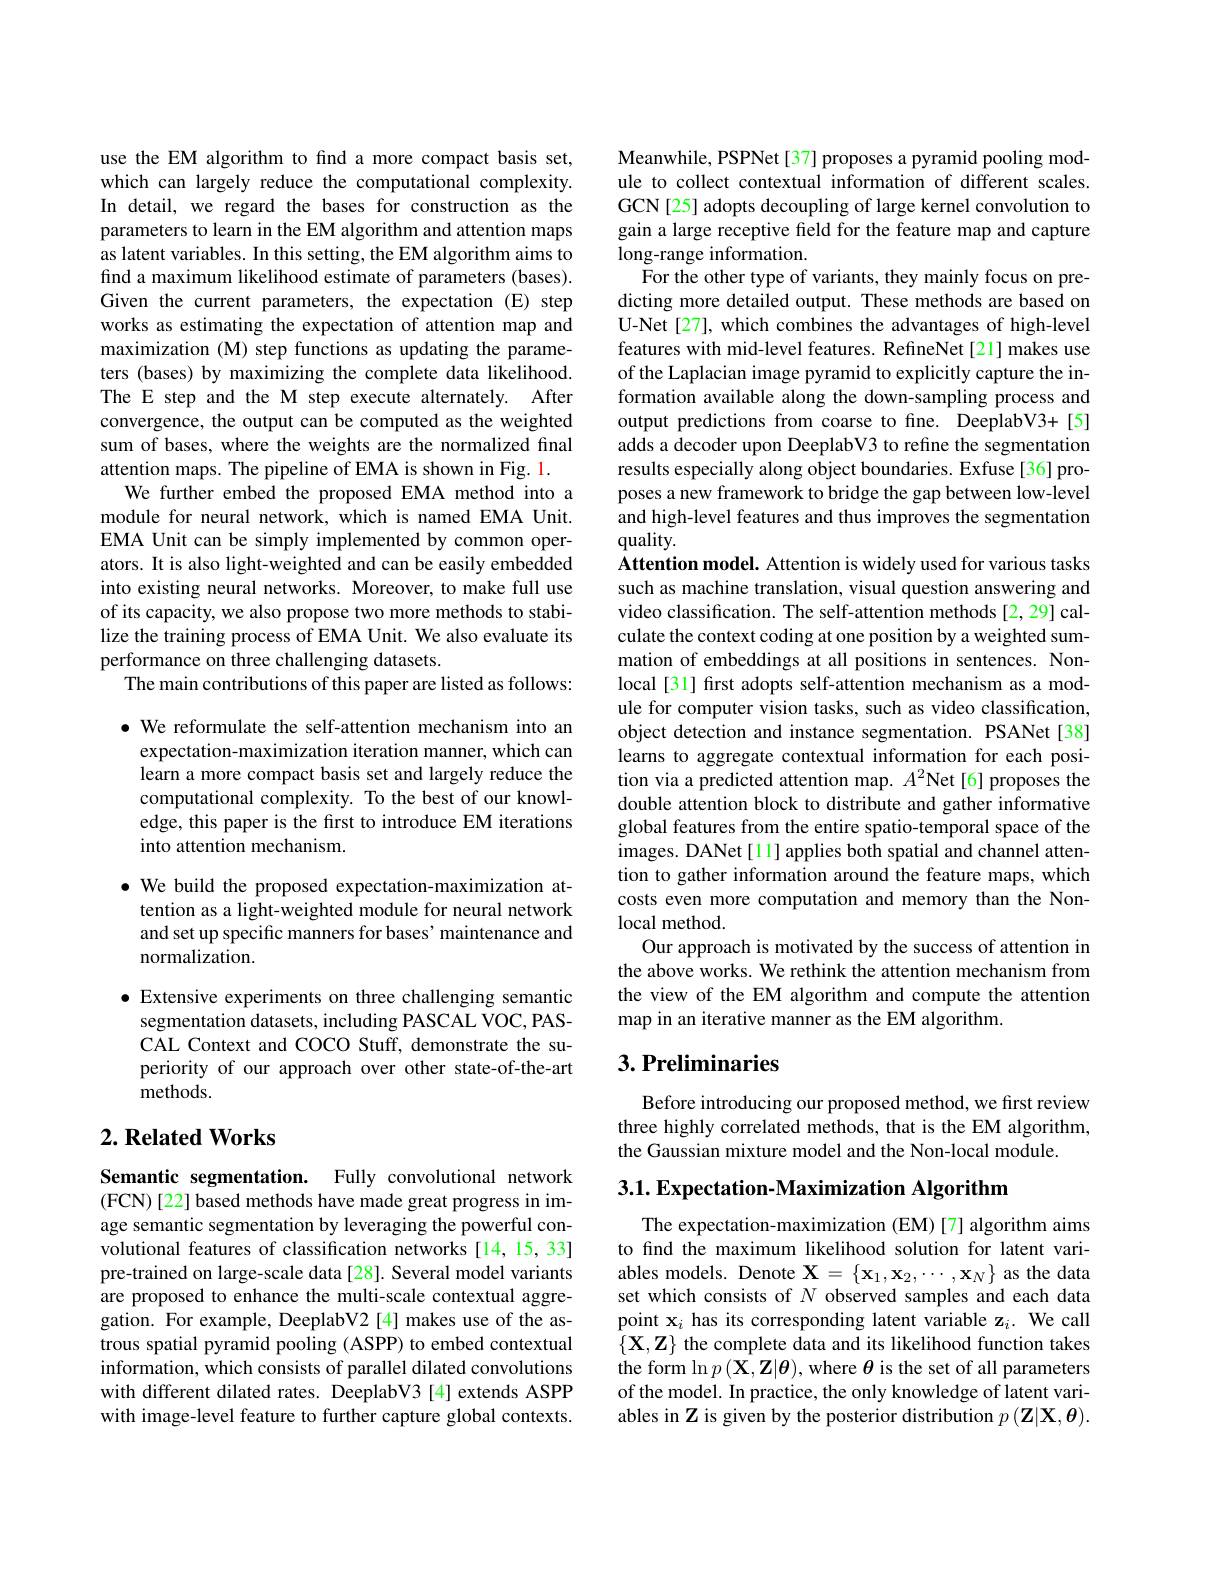
use the EM algorithm to find a more compact basis set, which can largely reduce the computational complexity. In detail, we regard the bases for construction as the parameters to learn in the EM algorithm and attention maps as latent variables. In this setting, the EM algorithm aims to find a maximum likelihood estimate of parameters (bases). Given the current parameters, the expectation (E) step works as estimating the expectation of attention map and maximization (M) step functions as updating the parameters (bases) by maximizing the complete data likelihood. The E step and the M step execute alternately. After convergence, the output can be computed as the weighted sum of bases, where the weights are the normalized final attention maps. The pipeline of EMA is shown in Fig. 1.
We further embed the proposed EMA method into a module for neural network, which is named EMA Unit. EMA Unit can be simply implemented by common operators. It is also light-weighted and can be easily embedded into existing neural networks. Moreover, to make full use of its capacity, we also propose two more methods to stabilize the training process of EMA Unit. We also evaluate its performance on three challenging datasets.
The main contributions of this paper are listed as follows:

$\bullet$ We reformulate the self-attention mechanism into an
expectation-maximization iteration manner, which can learn a more compact basis set and largely reduce the computational complexity. To the best of our knowledge, this paper is the first to introduce EM iterations into attention mechanism.

$\bullet$ We build the proposed expectation-maximization at-
tention as a light-weighted module for neural network and set up specific manners for bases' maintenance and normalization.

$\bullet$ Extensive experiments on three challenging semantic segmentation datasets, including PASCAL VOC, PASCAL Context and COCO Stuff, demonstrate the superiority of our approach over other state-of-the-art methods.

## $2. \textbf{Related Works}$

Semantic segmentation. Fully convolutional network (FCN)[22] based methods have made great progress in image semantic segmentation by leveraging the powerful convolutional features of classification networks [14,15,33] pre-trained on large-scale data[28]. Several model variants are proposed to enhance the multi-scale contextual aggregation. For example, DeeplabV2 [4] makes use of the astrous spatial pyramid pooling (ASPP) to embed contextual information, which consists of parallel dilated convolutions with different dilated rates. DeeplabV3 [4] extends ASPP with image-level feature to further capture global contexts.

Meanwhile, PSPNet[37] proposes a pyramid pooling module to collect contextual information of different scales. GCN[25] adopts decoupling of large kernel convolution to gain a large receptive field for the feature map and capture long-range information.
For the other type of variants, they mainly focus on predicting more detailed output. These methods are based on U-Net[27], which combines the advantages of high-level features with mid-level features. RefineNet[21] makes use of the Laplacian image pyramid to explicitly capture the information available along the down-sampling process and output predictions from coarse to fine. DeeplabV3+[5] adds a decoder upon DeeplabV3 to refine the segmentation results especially along object boundaries. Exfuse[36] proposes a new framework to bridge the gap between low-level and high-level features and thus improves the segmentation $quality.$
Attention model. Attention is widely used for various tasks such as machine translation, visual question answering and video classification. The self-attention methods [2,29] calculate the context coding at one position by a weighted summation of embeddings at all positions in sentences. Nonlocal[31] first adopts self-attention mechanism as a module for computer vision tasks, such as video classification, object detection and instance segmentation. PSANet[38] learns to aggregate contextual information for each position via a predicted attention map. $A^2$Net [6] proposes the double attention block to distribute and gather informative global features from the entire spatio-temporal space of the images. DANet[1] applies both spatial and channel attention to gather information around the feature maps, which costs even more computation and memory than the Nonlocal method.
Our approach is motivated by the success of attention in the above works. We rethink the attention mechanism from the view of the EM algorithm and compute the attention map in an iterative manner as the EM algorithm.

## $3. \textbf{Preliminaries}$

Before introducing our proposed method, we first review three highly correlated methods, that is the EM algorithm, the Gaussian mixture model and the Non-local module.

3.1. Expectation-Maximization Algorithm

The expectation-maximization (EM)[7] algorithm aims to find the maximum likelihood solution for latent variables models. Denote $\mathbf{X}=\left\{\mathbf{x}_{1},\mathbf{x}_{2},\cdots,\mathbf{x}_{N}\right\}$ as the data set which consists of $N$ observed samples and each data point $\mathbf{x}_i$ has its corresponding latent variable z$_i.$ We call $\{\mathbf{X},\mathbf{Z}\}$ the complete data and its likelihood function takes the form $\ln p\left(\mathbf{X},\mathbf{Z}|\boldsymbol{\theta}\right)$, where $\boldsymbol\theta$ is the set of all parameters of the model. In practice, the only knowledge of latent variables in Z is given by the posterior distribution $p\left(\mathbf{Z}|\mathbf{X},\boldsymbol{\theta}\right).$